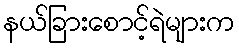
နယ်ခြားစောင့်ရဲများက